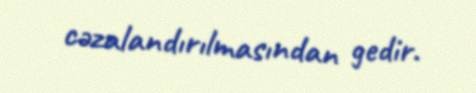
cəzalandırılmasından gedir.